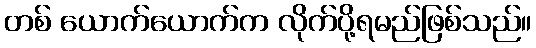
တစ် ယောက်ယောက်က လိုက်ပို့ရမည်ဖြစ်သည်။